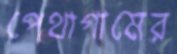
পেথাগামের